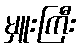
မှူးကြီး